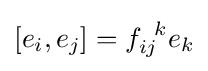
[e_{i},e_{j}]=f_{ij}^{\;\;k}e_{k}